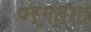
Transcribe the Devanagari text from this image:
पर्मत्मा